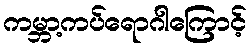
ကမ္ဘာ့ကပ်ရောဂါကြောင့်